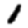
Digit: 1